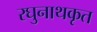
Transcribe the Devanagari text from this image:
रघुनाथकृत